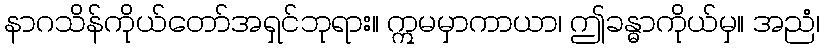
နာဂသိန်ကိုယ်တော်အရှင်ဘုရား။ ဣမမှာကာယာ၊ ဤခန္ဓာကိုယ်မှ။ အညံ၊